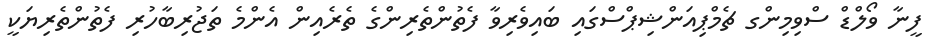
ފީނާ ވޯލްޑް ސްވިމިންގ ޗެމްޕިއަންޝިޕްސްގައި ބައިވެރިވާ ފެތުންތެރިންގެ ތެރެއިން އެންމެ ތަޖުރިބާހުރި ފެތުންތެރިޔަކީ